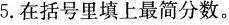
5.在括号里填上最简分数。